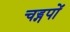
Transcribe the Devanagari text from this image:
चड्गपों